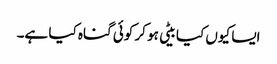
ایسا کیوں کیا بیٹی ہو کر کوئی گناہ کیا ہے۔